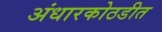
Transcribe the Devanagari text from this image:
अंधारकोठडीत